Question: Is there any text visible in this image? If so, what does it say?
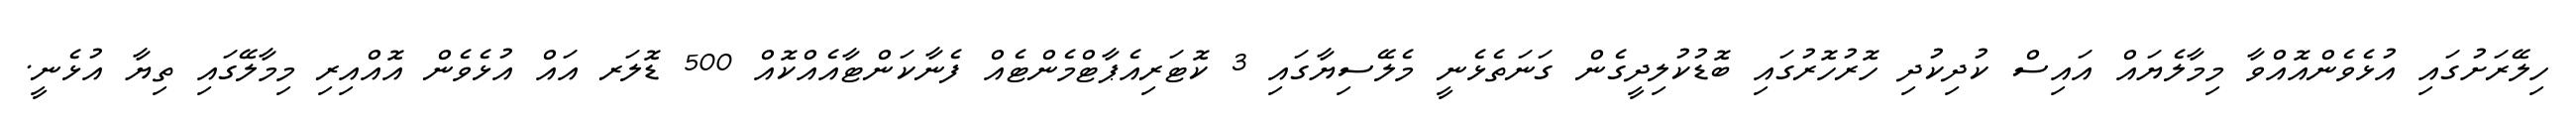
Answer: ހިލޭރަށުގައި އުޅެވެންއޮއްވާ މިމާލެޔައް އައިސް ކުދިކުދި ހޮރުހޮރުގައި ބޮޑުކުލިދީގެން ގަނަތެޅެނީ މެލޭސިޔާގައި 3 ކޮޓަރިއެޕާޓްމެންޓެއް ފެނާކަންޓާއެއްކޮއް 500 ޑޮލަރ އައް އުޅެވެން އޮއްއިރި މިމާލޭގައި ތިޔާ އުޅެނީ.